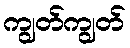
ကျွတ်ကျွတ်